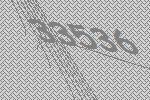
33536